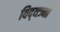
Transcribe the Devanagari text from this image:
विद्व्त्ज्नो